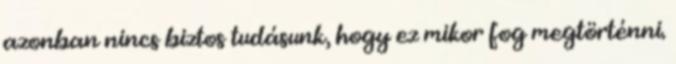
azonban nincs biztos tudásunk, hogy ez mikor fog megtörténni.